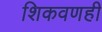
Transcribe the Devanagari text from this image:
शिकवणही